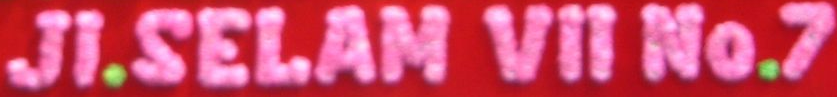
JI.SELAM VII No.7